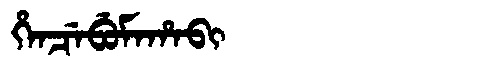
Manchu: ᡥᡝᠨᠴᡝᠪᡠᠮᠠᡥᠠᠪᡳ
Romanization: HENCEBUMAHABI